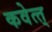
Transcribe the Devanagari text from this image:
कवेत्त्